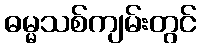
ဓမ္မသစ်ကျမ်းတွင်